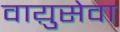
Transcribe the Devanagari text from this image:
वाय़ुसेवा